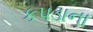
કપડાના